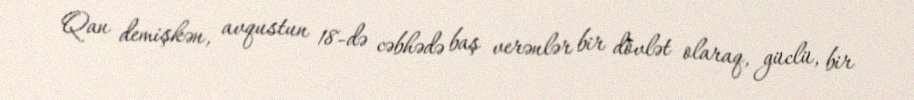
Qan demişkən, avqustun 18-də cəbhədə baş verənlər bir dövlət olaraq, güclü, bir